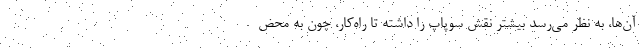
آن‌ها، به نظر می‌رسد بیشتر نقش سوپاپ را داشته تا راه‌کار، چون به محض